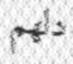
دلھم